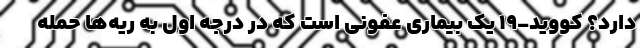
دارد؟ کووید-19 یک بیماری عفونی است که در درجه اول به ریه‌ها حمله